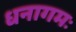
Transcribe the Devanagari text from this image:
धनागमः